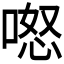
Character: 𭉏